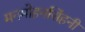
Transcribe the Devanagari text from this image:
मनमोहनसिंहनी